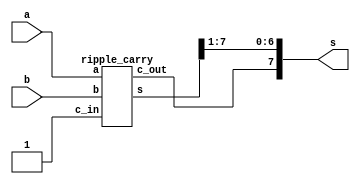
// EE/CS 480 Fall 2016
// average.v - assignment 1
// Matt Ruffner


// averaging module, no high level operators
module average(s, a, b);
	input [7:0] a;
	input [7:0] b;
	output [7:0] s;

    wire [7:0] temp;
	wire c_out;

	// feed a 1 to carry in, the +1 results in rounding
	// up after 'shifting'
	ripple_carry r0(temp, c_out, a, b, 1'b1);
	
	// tack on the carry out bit as new msb 
	assign s = {c_out, temp[7:1]};
endmodule


module testbench;
	reg [7:0] a, b;
	wire [7:0] oracle, exp;
	integer passed, failed;
	
	refaverage r1(oracle, a, b);
	average a1(exp, a, b);
	
	initial begin
		a = 0; passed = 0; failed = 0;
		repeat(256) begin
			b = 0;
			repeat (256) begin
				#10
				
				if( oracle == exp )
					passed = passed+1;
				else
					failed = failed+1;
					
				b = b+1;
			end
			a = a+1;
		end
		
		$display("All cases tested; %d correct, %d failed", passed, failed);
	end		
endmodule


// reference module using + and >> operators
module refaverage(s, a, b);
	input [7:0] a, b;
	output [7:0] s;

	assign s = (a + b + 1) >> 1;
endmodule



// full adder module
module full_adder(s, c_out, a, b, c_in);
	input a, b, c_in;
	output s, c_out;
	wire t0, t1, t2;
	
	xor x1(t0, a, b);
	xor x2(s, t0, c_in);
	
	nand n1(t1, t0, c_in);
	nand n2(t2, a, b);
	nand n3(c_out, t1, t2);
endmodule


// ripple carry adder
module ripple_carry(s, c_out, a, b, c_in);
	input [7:0] a;
	input [7:0] b;
	input c_in;
	output [7:0] s;
	output c_out;
	wire c0, c1, c2, c3, c4, c5, c6;
	
	full_adder fa0(s[0], c0, a[0], b[0], c_in);
	full_adder fa1(s[1], c1, a[1], b[1], c0);
	full_adder fa2(s[2], c2, a[2], b[2], c1);
	full_adder fa3(s[3], c3, a[3], b[3], c2);
	full_adder fa4(s[4], c4, a[4], b[4], c3);
	full_adder fa5(s[5], c5, a[5], b[5], c4);
	full_adder fa6(s[6], c6, a[6], b[6], c5);
	full_adder fa7(s[7], c_out, a[7], b[7], c6);
endmodule